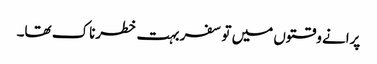
پرانے وقتوں میں تو سفر بہت خطرناک تھا۔